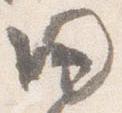
帰